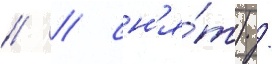
// / сн'я́т) /